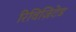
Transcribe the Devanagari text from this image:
रिविज़िटेड